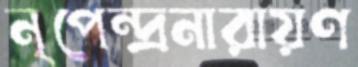
নৃপেন্দ্রনারায়ণ